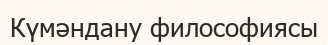
Күмәндану философиясы